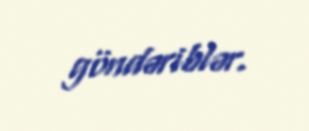
göndəriblər.